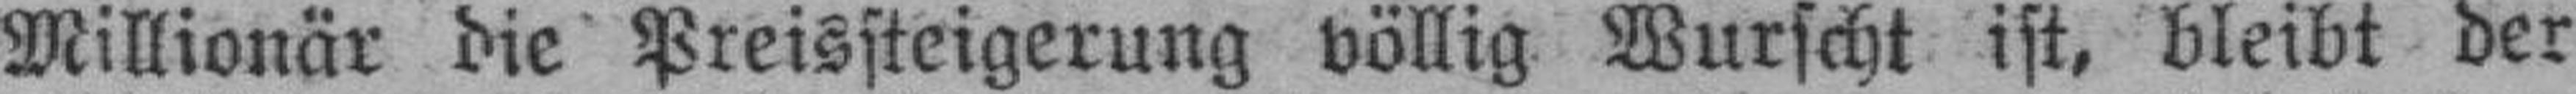
Millionär die Preissteigerung völlig Wurscht ist, bleibt der